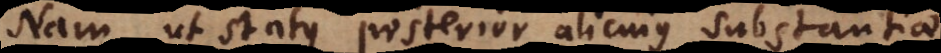
Nam ut status posterior alicujus substantia